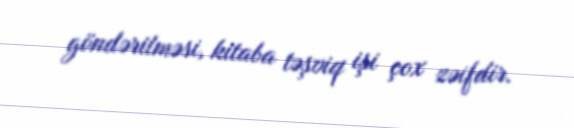
göndərilməsi, kitaba təşviq işi çox zəifdir.